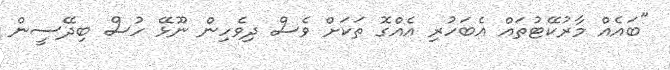
"ބައެއް މާރުކޭޓުތައް އެބަހުރި އެއްގޮ ތަކަށް ވެސް ދިވެހިން ނޫޅޭ ހުސް ބިދޭސީން